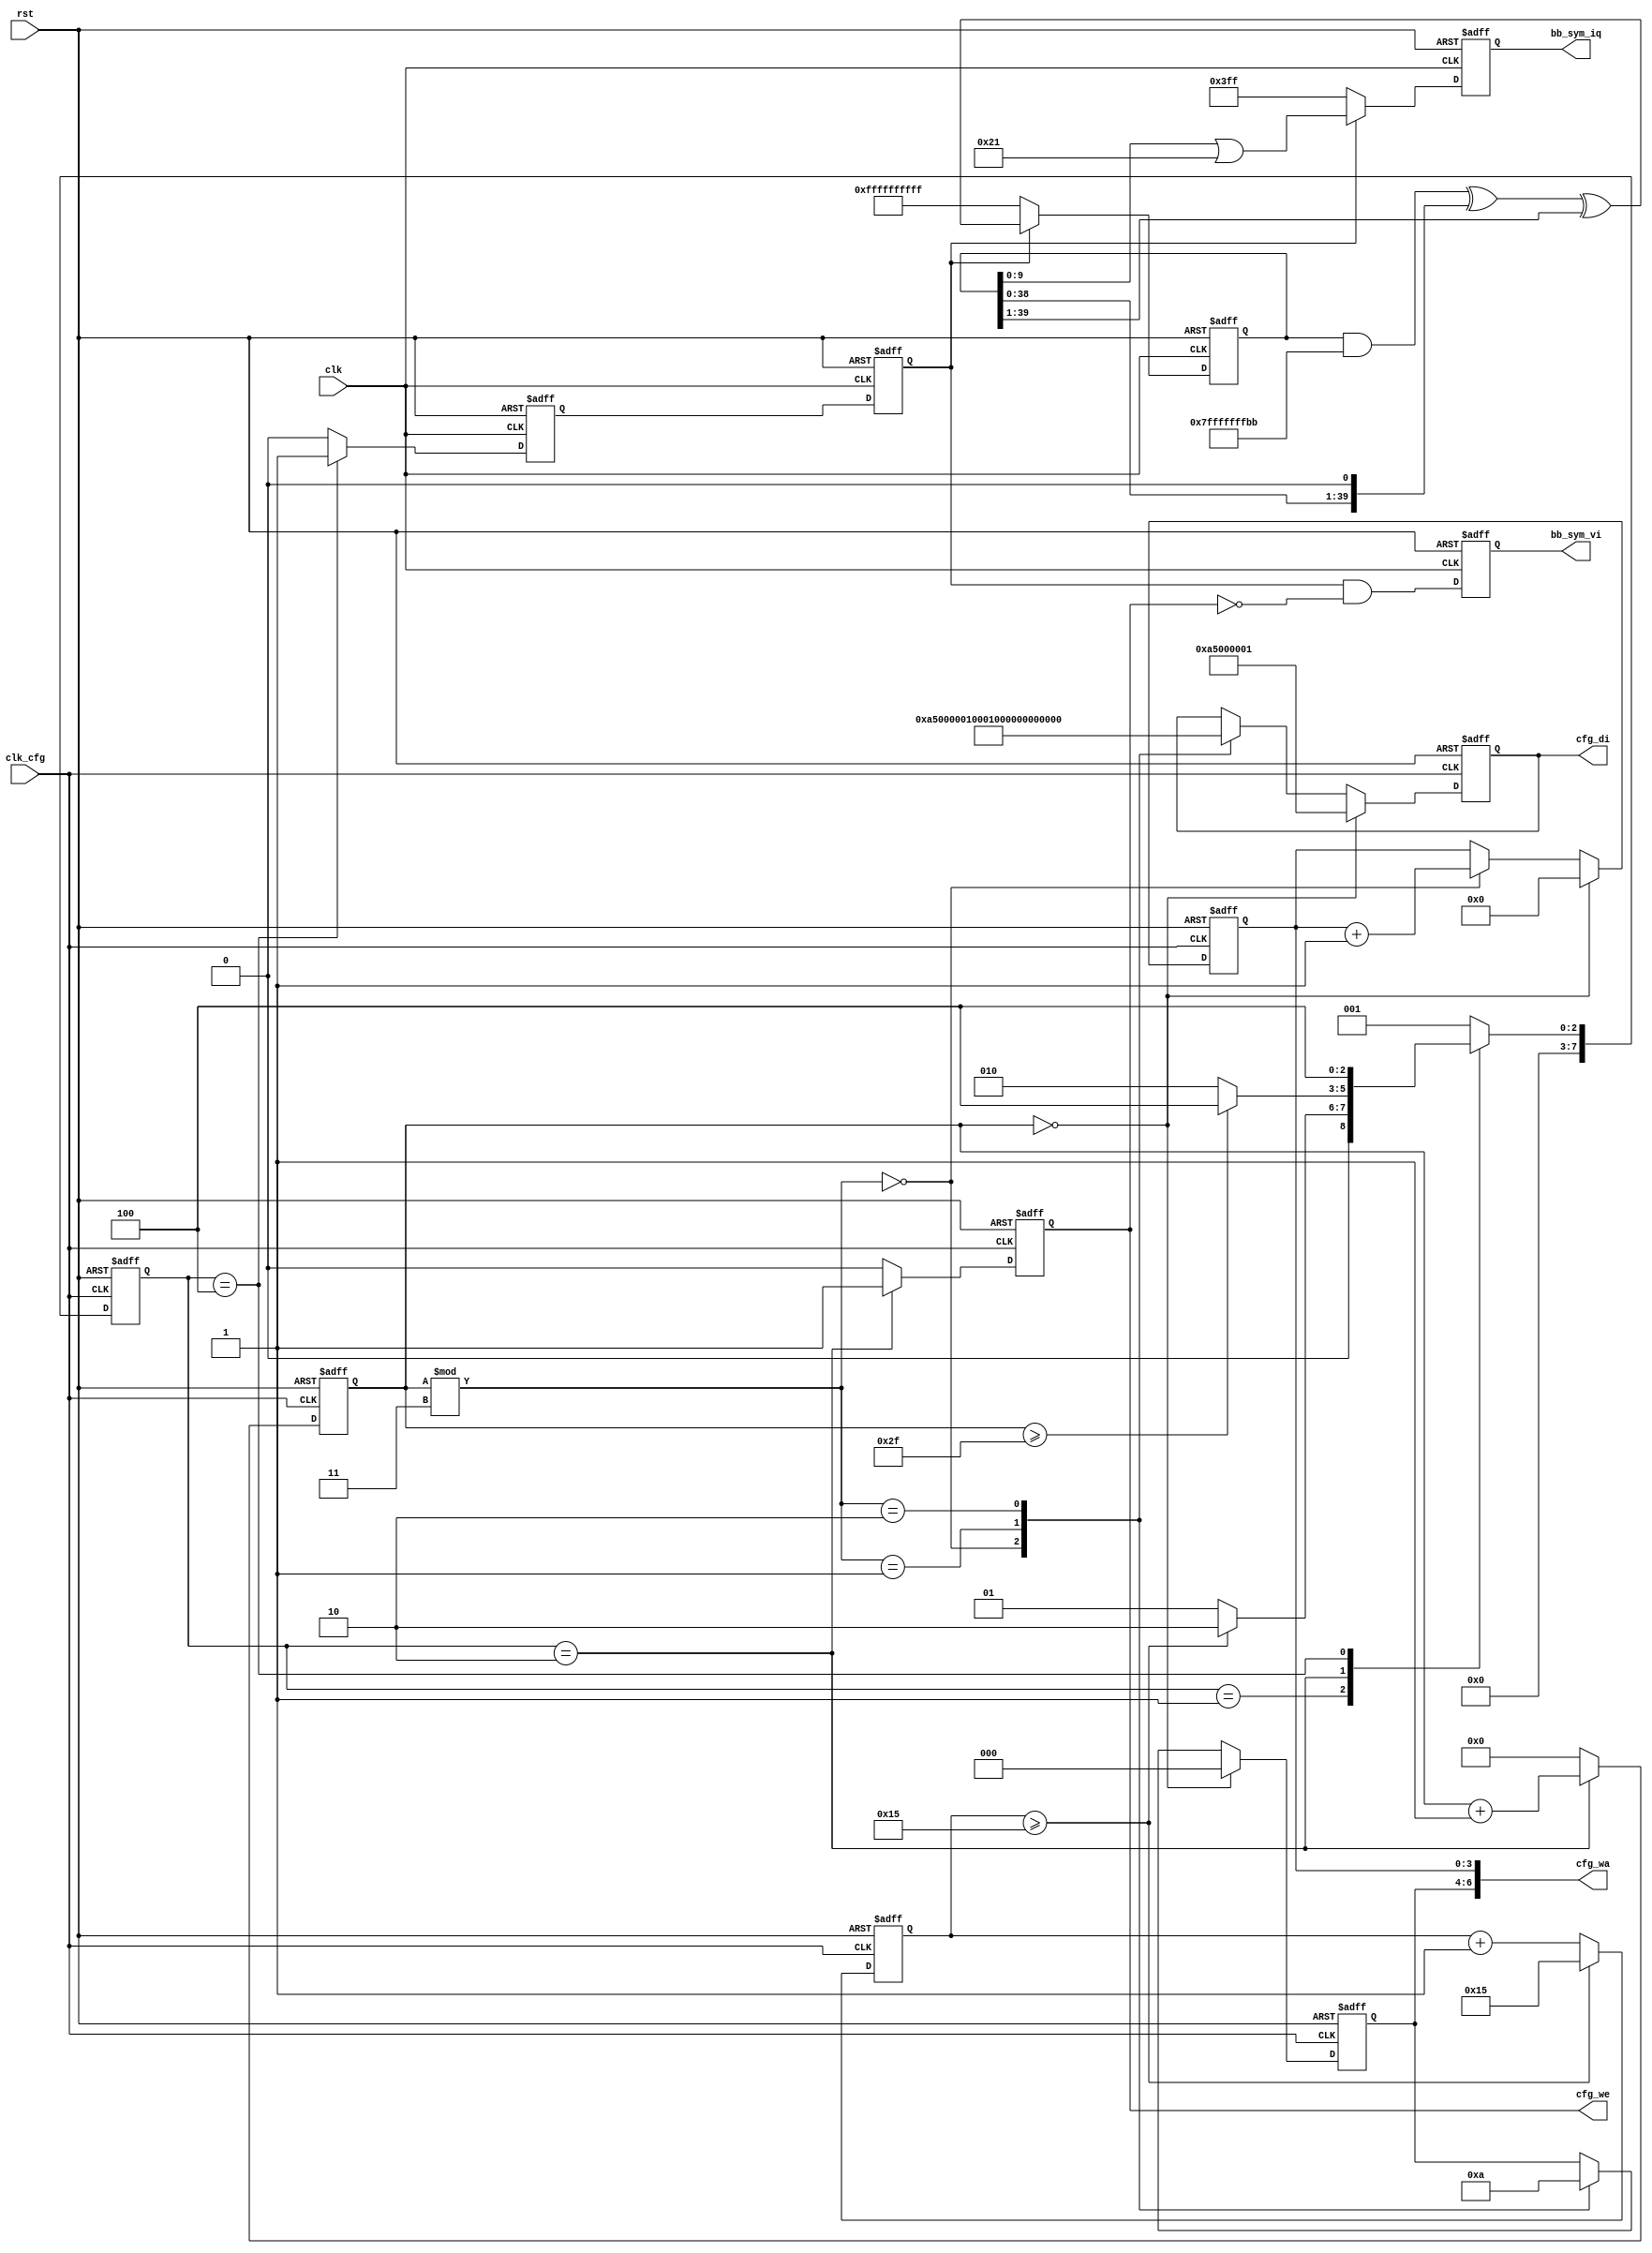
/*************************************************************************************\
    Copyright(c) 2012, China Digital TV Holding Co., Ltd,All right reserved
    Department   :   New Media,R&D Hardware Department
    Filename     :   bb_sym.v
    Author       :   huangrui/1480
    ==================================================================================
    Description  :
    
    ==================================================================================
    Modification History:
    Date        By                  Rev.        Prj.        Change Description
    ----------------------------------------------------------------------------------
    2012-07-02  huangrui/1480       1.0         IPQAM       Create
    ==================================================================================
    Called by    :   bb_sym.v
    File tree    :   bb_sym.v
\************************************************************************************/

`timescale 1ns/100ps

module bb_sym(
    rst                         ,
    clk                         ,
    clk_cfg                     ,
    bb_sym_iq                   ,
    bb_sym_vi                   ,
    cfg_we                      ,
    cfg_wa                      ,
    cfg_di            
    );
    
parameter       U_DLY                   = 1                         ;
parameter       WAIT_NUM                = 16'd21                    ;
parameter       ST_WIDTH                = 8                         ;
parameter       ST_IDLE                 = 8'h01                     ,
                ST_CFG                  = 8'h02                     ,
                ST_DATA                 = 8'h04                     ;
                
input                                   rst                         ;
input                                   clk                         ;
input                                   clk_cfg                     ;

output  [9:0]                           bb_sym_iq                   ;
output                                  bb_sym_vi                   ;
output                                  cfg_we                      ;
output  [6:0]                           cfg_wa                      ;
output  [31:0]                          cfg_di                      ;

reg     [39:0]                          lfsr                        ;
reg                                     bb_sym_vi                   ;
wire                                    sym_vi_reg                  ;
reg                                     sym_vi_reg_1syn             ;
reg                                     sym_vi_reg_2syn             ;
reg     [9:0]                           bb_sym_iq                   ;
reg     [ST_WIDTH - 1 : 0]              st_curr                     ;
reg     [ST_WIDTH - 1 : 0]              st_next                     ;
reg     [15:0]                          wait_cnt                    ;
reg     [7:0]                           cfg_clk_num                 ;
reg                                     cfg_we                      ;
wire    [6:0]                           cfg_wa                      ;
reg     [31:0]                          cfg_di                      ;
reg     [3:0]                           cfg_wa_l                    ;
reg     [2:0]                           cfg_wa_h                    ;

assign  sym_vi_reg  =   (st_curr==ST_DATA)  ?   1'b1    :   1'b0;

always@(posedge clk or posedge rst)
begin
    if(rst==1'b1)
    begin
        sym_vi_reg_1syn <=  1'b0;
        sym_vi_reg_2syn <=  1'b0;
    end
    else
    begin
        sym_vi_reg_1syn <=  sym_vi_reg;
        sym_vi_reg_2syn <=  sym_vi_reg_1syn;
    end
end

always@(posedge clk or posedge rst)
begin
    if(rst==1'b1)
    begin
        bb_sym_vi       <=  1'b0;
    end
    else
    begin
        bb_sym_vi       <=  sym_vi_reg_2syn & (~cfg_we);
    end
end

always@(posedge clk or posedge rst)
begin
    if(rst==1'b1)
    begin
        lfsr        <=  {40{1'b1}};
        bb_sym_iq   <=  {10{1'b1}};
    end
    else if(sym_vi_reg_2syn==1'b0)
    begin
        lfsr        <=  {40{1'b1}};
        bb_sym_iq   <=  {10{1'b1}};
    end
    else
    begin
        lfsr        <=  (lfsr & 40'h7FFFFFFFBB) ^ (lfsr << 1) ^ (lfsr >> 1);
        bb_sym_iq   <=  lfsr[9:0] | 10'b0000100001;
    end
end

always@(posedge clk_cfg or posedge rst)
begin
    if(rst==1'b1)
    begin
        wait_cnt    <=  16'h0000;
    end
    else if(wait_cnt>=WAIT_NUM)
    begin
        wait_cnt    <=  WAIT_NUM;
    end
    else
    begin
        wait_cnt    <=  wait_cnt + 16'h1;
    end
end

always@(posedge clk_cfg or posedge rst)
begin
    if(rst==1'b1)
    begin
        st_curr     <=  ST_IDLE;
    end
    else
    begin
        st_curr     <=  st_next;
    end
end

always@(*)
begin
    case(st_curr)
    ST_IDLE:
    begin
        if(wait_cnt>=WAIT_NUM)
        begin
            st_next =   ST_CFG;
        end
        else
        begin
            st_next =   ST_IDLE;
        end
    end
    ST_CFG:
    begin
        if(cfg_clk_num>=47)
        begin
            st_next =   ST_DATA;
        end
        else
        begin
            st_next =   ST_CFG;
        end
    end
    ST_DATA:
    begin
        st_next =   ST_DATA;
    end
    default:
    begin
        st_next =   ST_IDLE;
    end
    endcase
end

always@(posedge clk_cfg or posedge rst)
begin
    if(rst==1'b1)
    begin
        cfg_clk_num <=  8'h00;
    end
    else if(st_curr==ST_CFG)
    begin
        cfg_clk_num <=  cfg_clk_num + 8'h01;
    end
    else
    begin
        cfg_clk_num <=  8'h00;
    end
end

always@(posedge clk_cfg or posedge rst)
begin
    if(rst==1'b1)
    begin
        cfg_we  <=  1'b0;
    end
    else if(st_curr==ST_CFG)
    begin
        cfg_we  <=  1'b1;
    end
    else
    begin
        cfg_we  <=  1'b0;
    end
end

always@(posedge clk_cfg or posedge rst)
begin
    if(rst==1'b1)
    begin
        cfg_wa_l    <=  4'b0000;
    end
    else if(cfg_clk_num==0)
    begin
        cfg_wa_l    <=  4'b0000;
    end
    else if(cfg_clk_num % 3 == 0)
    begin
        cfg_wa_l    <=  cfg_wa_l + 4'h1;
    end
end

always@(posedge clk_cfg or posedge rst)
begin
    if(rst==1'b1)
    begin
        cfg_wa_h    <=  3'b000;
    end
    else if(cfg_clk_num==0)
    begin
        cfg_wa_h    <=  3'b000;
    end
    else
    begin
        case(cfg_clk_num % 3)
        0:
        begin
            cfg_wa_h    <=  3'b000;
        end
        1:
        begin
            cfg_wa_h    <=  3'b001;
        end
        2:
        begin
            cfg_wa_h    <=  3'b010;
        end
        endcase
    end
end

assign  cfg_wa  =   {cfg_wa_h[2:0],cfg_wa_l[3:0]};

always@(posedge clk_cfg or posedge rst)
begin
    if(rst==1'b1)
    begin
        cfg_di      <=  {32{1'b0}};
    end
    else if(cfg_clk_num==0)
    begin
        cfg_di      <=  32'hA5000001;
    end
    else
    begin
        case(cfg_clk_num % 3)
        0:
        begin
            //cfg_di  <=  32'h83BD95B1;                                   //R=6.175339
				cfg_di  <=  32'hA5000001;                                   //R=6.875
        end
        1:
        begin
            //cfg_di  <=  32'h0000B53B;                                   //G=-3
				//cfg_di <= 32'h00001999;                                       //G=-20
				cfg_di <= 32'h0000FFFF;                                       //G=0
        end
        2:
        begin
            //cfg_di  <=  32'h09BA5E35;                                   //F=0.912
				cfg_di  <=  32'h0;                                   //F=0
        end
        endcase
    end
end
            
endmodule